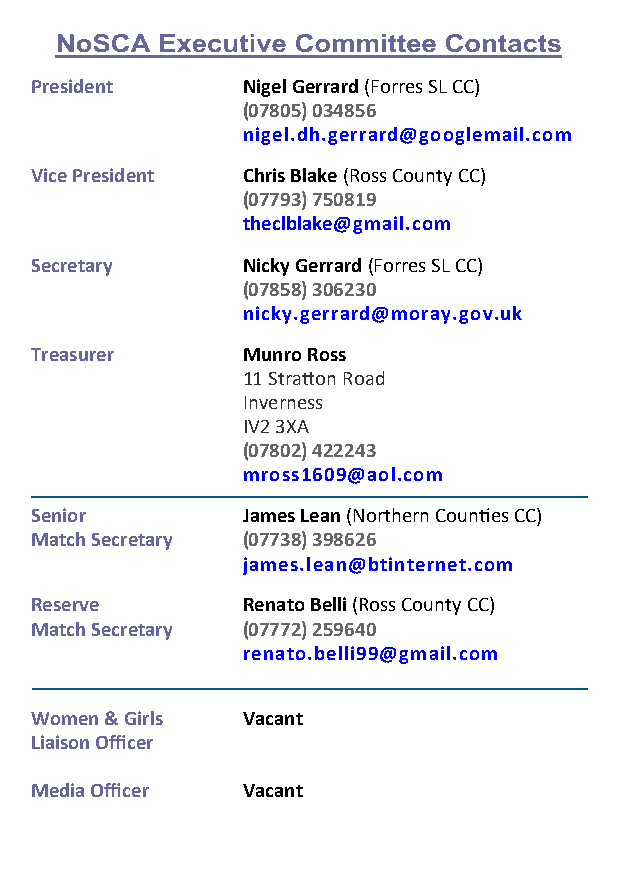
President     Nigel Gerrard (Forres SL CC)
 (07805) 034856
 nigel.dh.gerrard@googlemail.com
 Vice President Chris Blake (Ross County CC)
 (07793) 750819
 theclblake@gmail.com
 Secretary     Nicky Gerrard (Forres SL CC)
 (07858) 306230
 nicky.gerrard@moray.gov.uk
 Treasurer     Munro Ross
 11 Stratton Road
 Inverness
 IV2 3XA
 (07802) 422243
 mross1609@aol.com
 Senior        James Lean (Northern Counties CC)
 Match Secretary (07738) 398626
 james.lean@btinternet.com
 Reserve       Renato Belli (Ross County CC)
 Match Secretary (07772) 259640
 renato.belli99@gmail.com
 Women & Girls Vacant
 Liaison Officer
 Media Officer Vacant